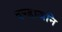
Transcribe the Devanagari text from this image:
दण्डाजनि